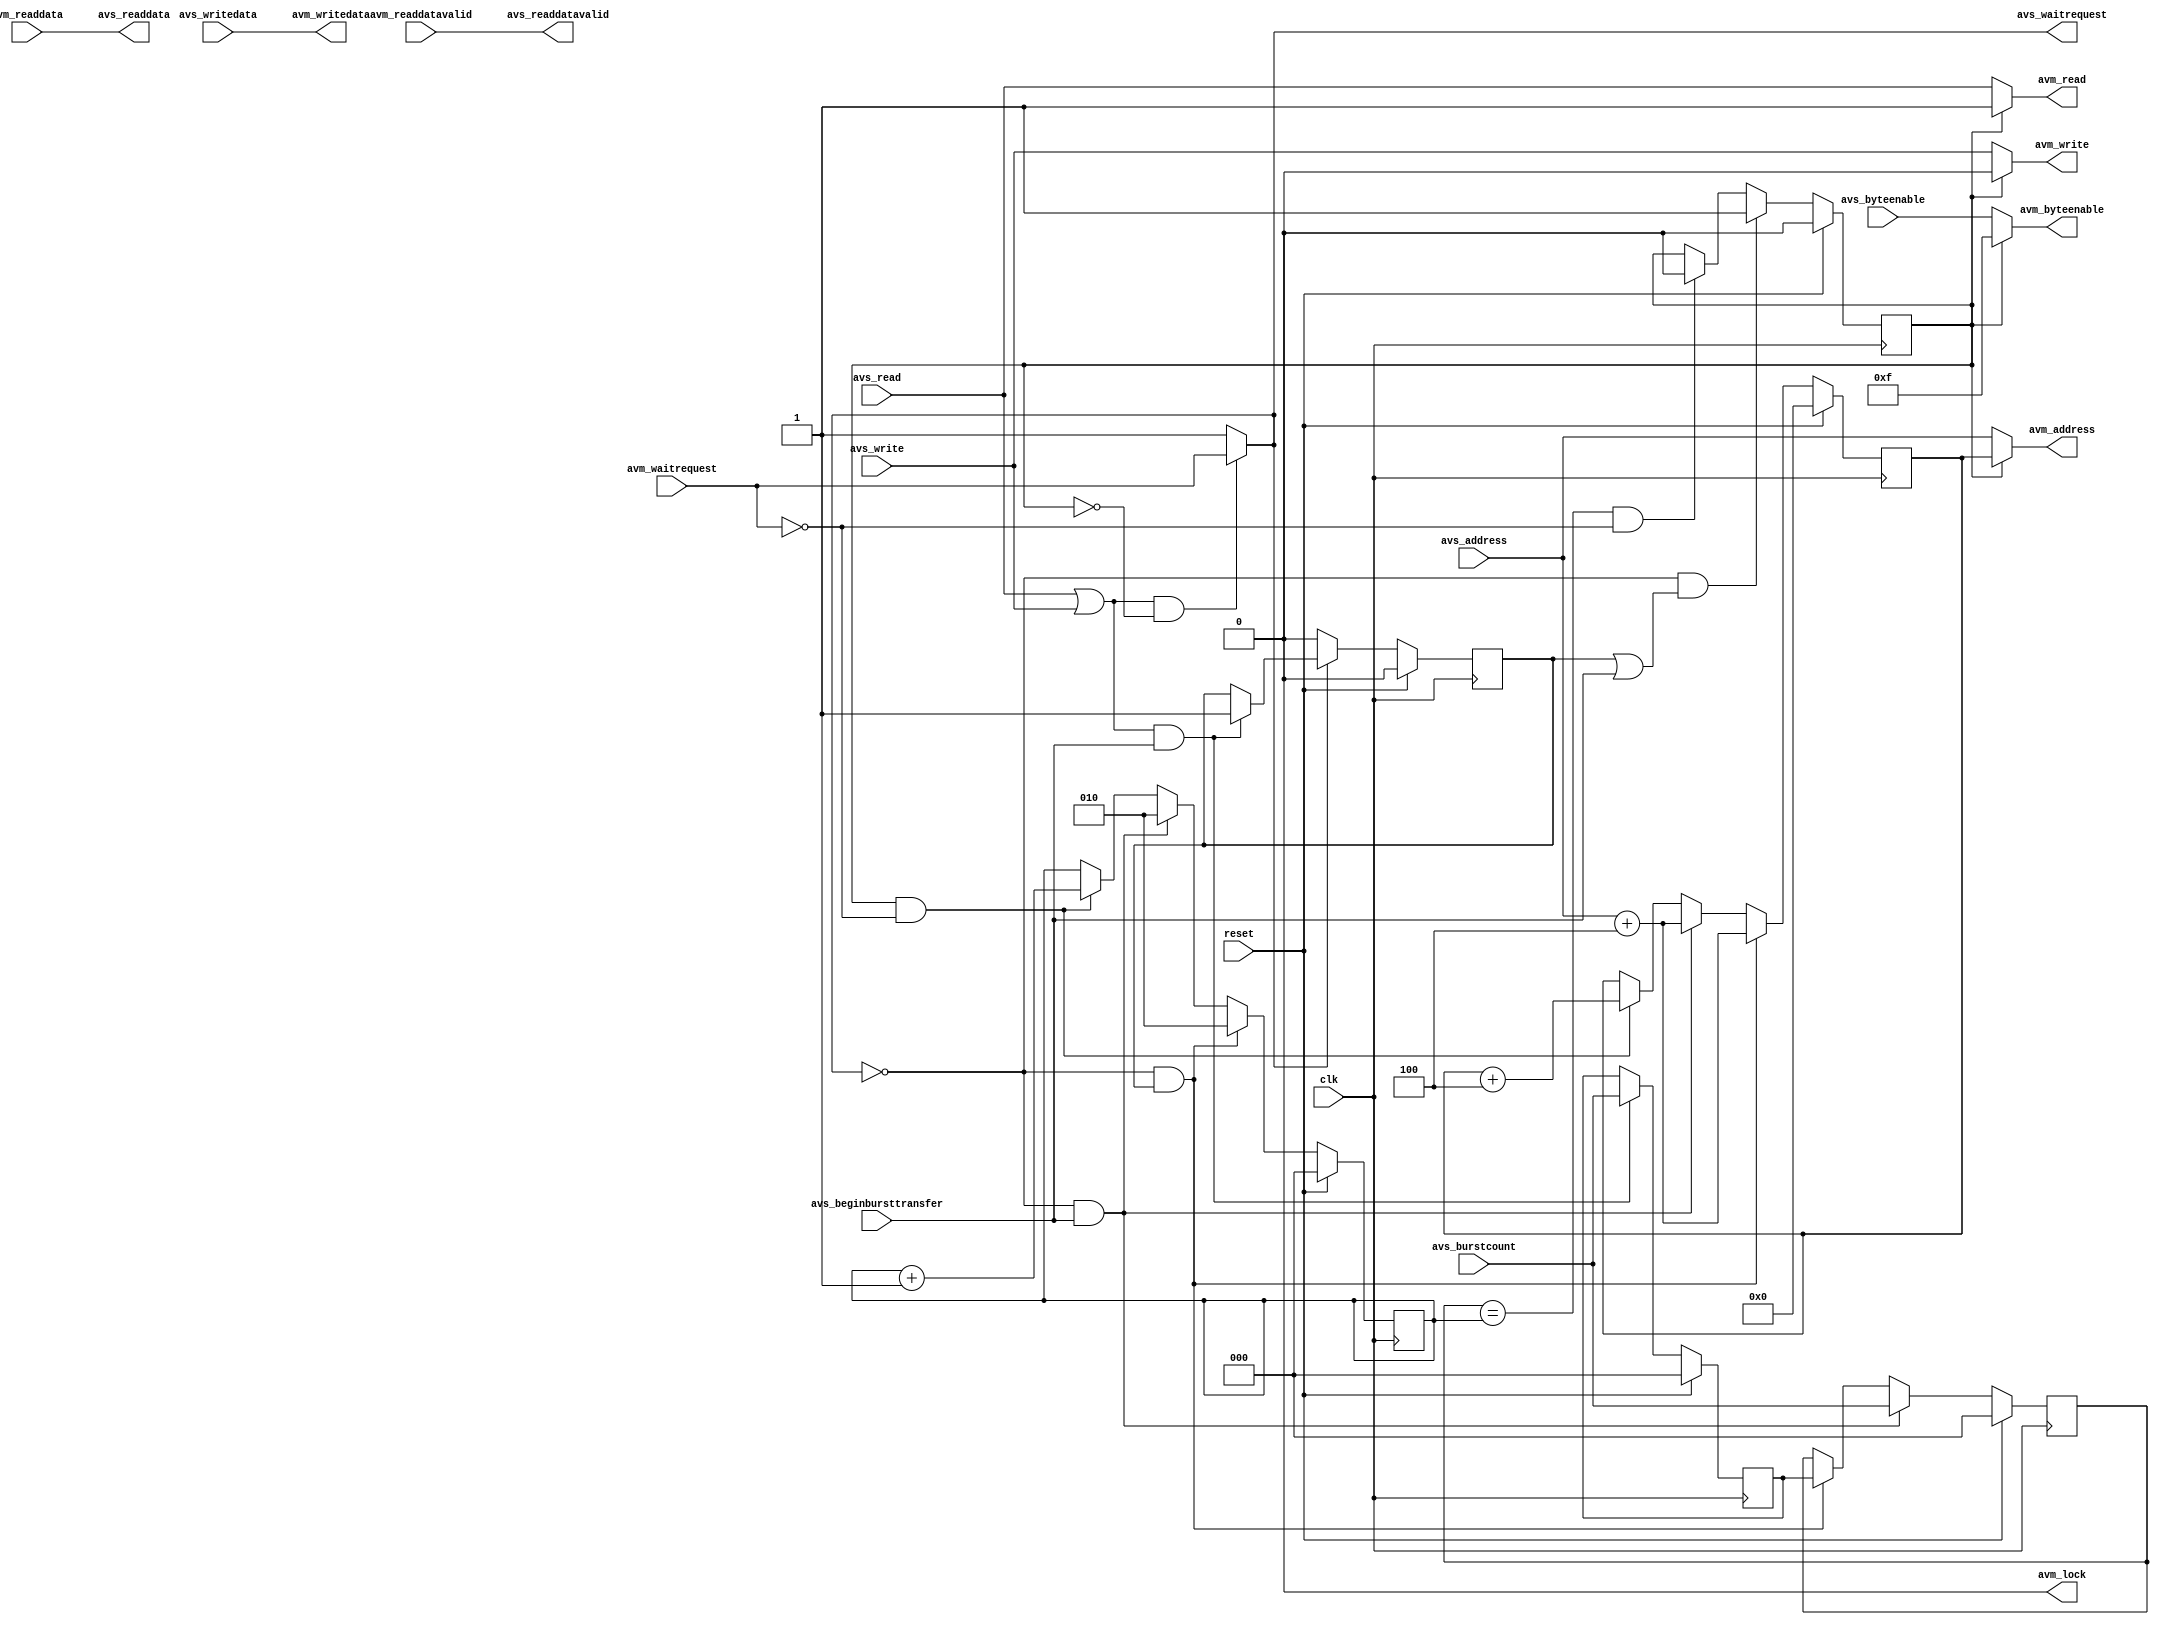

module av_b2p_adapter (
	input 				clk,
	input 				reset,

	input					avs_read,
	input					avs_write,
	input 	[31:0]	avs_address,
	input 	[31:0]	avs_writedata,
	input 	[ 3:0]	avs_byteenable,
	output	[31:0]	avs_readdata,
	input					avs_beginbursttransfer,
	input	 	[ 2:0]	avs_burstcount,	
	output				avs_waitrequest,
	output				avs_readdatavalid,

	output				avm_read,
	output				avm_write,
	output	[31:0]	avm_address,
	output	[31:0]	avm_writedata,
	output	[ 3:0]	avm_byteenable,
	input		[31:0]	avm_readdata,
	output				avm_lock,
//	output	[ 2:0]	avm_burstcount,
	input					avm_waitrequest,
	input					avm_readdatavalid
);

reg				handling_burst;
reg				pending_burst;
reg	[ 2:0]	burst_length;
reg	[ 2:0]	next_burst_length;
reg	[ 2:0]	burst_count;
reg	[31:0]	burst_address;

// To Slave
assign avs_readdata 			= avm_readdata;
assign avs_waitrequest		= (avs_read | avs_write) & ~handling_burst ? avm_waitrequest : 1'b1;
assign avs_readdatavalid	= avm_readdatavalid;

// To Master
assign avm_read				= (handling_burst) ? 1'b1 : avs_read; 
assign avm_write				= (handling_burst) ? 1'b0 : avs_write;
assign avm_address			= (handling_burst) ? burst_address : avs_address;
assign avm_writedata			= avs_writedata;
assign avm_byteenable		= (handling_burst) ? 4'hF : avs_byteenable;
assign avm_lock				= 1'b0; // (handling_burst) ? 1'b1 : avs_read | avs_write;

always @(posedge clk)
begin
	if (reset)
		handling_burst <= 1'b0;
	else if (~avs_waitrequest & (pending_burst | avs_beginbursttransfer))
		handling_burst <= 1'b1;
	else if ((burst_length == burst_count) & ~avm_waitrequest)
		handling_burst <= 1'b0;
end

always @(posedge clk)
begin
	if (reset)
		pending_burst <= 1'b0;
	else if (~avs_waitrequest)
		pending_burst <= 1'b0;
	else if ((avs_read | avs_write) & avs_beginbursttransfer)
		pending_burst <= 1'b1;
end

always @(posedge clk)
begin
	if (reset)
		burst_length <= 3'h0;
	else if (~avs_waitrequest & avs_beginbursttransfer)
		burst_length <= avs_burstcount;
	else if (~avs_waitrequest & pending_burst)
		burst_length <= next_burst_length;
end

always @(posedge clk)
begin
	if (reset)
		next_burst_length <= 3'h0;
	else if ((avs_read | avs_write) & avs_beginbursttransfer)
		next_burst_length <= avs_burstcount;
end

always @(posedge clk)
begin
	if (reset)
		burst_count <= 3'h0;
	else if (~avs_waitrequest & pending_burst)
		burst_count <= 3'h2;
	else if (~avs_waitrequest & avs_beginbursttransfer)
		burst_count <= 3'h2;
	else if (handling_burst & ~avm_waitrequest)
		burst_count <= burst_count + 3'h1;
end

always @(posedge clk)
begin
	if (reset)
		burst_address <= 32'h00000000;
	else if (~avs_waitrequest & pending_burst)
		burst_address <= avs_address + 32'h00000004;
	else if (~avs_waitrequest & avs_beginbursttransfer)
		burst_address <= avs_address + 32'h00000004;
	else if (handling_burst & ~avm_waitrequest)
		burst_address <= burst_address + 32'h00000004;
end

endmodule